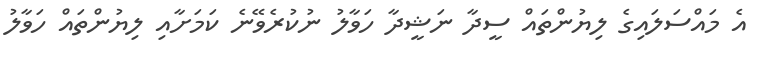
އެ މައްސަލައިގެ ލިޔުންތައް ސީދާ ނަޝީދާ ހަވާލު ނުކުރެވޭނެ ކަމަށާއި ލިޔުންތައް ހަވާލު